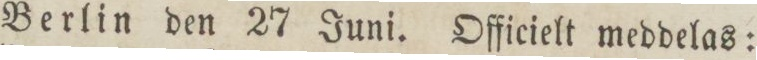
Berlin den 27 Juni. Officielt meddelas: